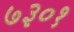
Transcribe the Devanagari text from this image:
७३०१